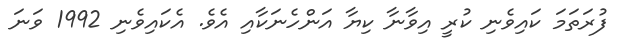
ފުރަތަމަ ކައިވެނި ކުރީ އިވާނާ ކިޔާ އަންހެނަކާއި އެވެ. އެކައިވެނި 1992 ވަނަ